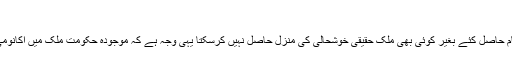
انہوں نے کہا ... مزید
گورنر پنجاب ملک محمد رفیق رجوانہ نے کہا ہے کہ معیشت کا استحکام حاصل کئے بغیر کوئی بھی ملک حقیقی خوشحالی کی منزل حاصل نہیں کرسکتا یہی وجہ ہے کہ موجودہ حکومت ملک میں اکانومی کی بہتری اور ترقی کے لئے اپنے تمام تر وسائل کو یقینی بنارہی ہے۔